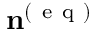
\mathbf { n } ^ { ( \mathrm { ~ e ~ q ~ } ) }